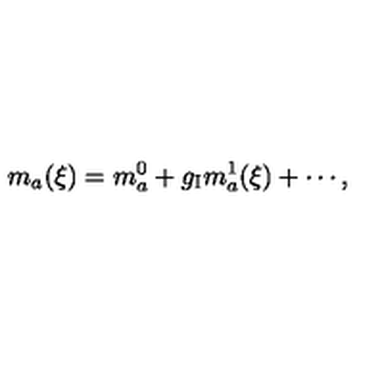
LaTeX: m _ { a } ( \xi ) = m _ { a } ^ { 0 } + g _ { \mathrm { I } } m _ { a } ^ { 1 } ( \xi ) + \cdots ,